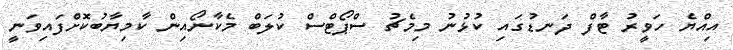
އިއްޔެ ހަވީރު ޓާފް ދަނޑުގައި ކުޅުނު މިމެޗު ސްޕޯޓްސް ކުލަބް މެކާނޯއިން ކާމިޔާބުކޮށްފައިވަނީ